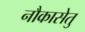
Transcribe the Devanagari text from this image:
नौकासेतु